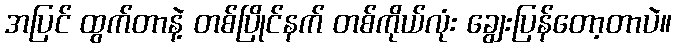
အပြင် ထွက်တာနဲ့ တစ်ပြိုင်နက် တစ်ကိုယ်လုံး ချွေးပြန်တော့တာပဲ။